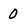
Character: 0